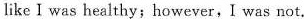
I looked like I was healthy;however,I was not.